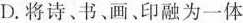
D.将诗、书、画、印融为一体